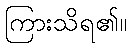
ကြားသိရ၏။